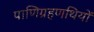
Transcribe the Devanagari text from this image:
पाणिग्रहणथियों